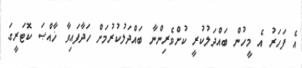
އެ ފަހަރު އެ މީހުން ބައްދަލުކުރީ ކުށްވެރިންނާ ބައްދަލުކުރުމަށް ހަދާފައިވާ ޚާއްޞަ ކޮޓަރީގަ